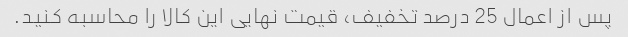
پس از اعمال 25 درصد تخفیف، قیمت نهایی این کالا را محاسبه کنید.